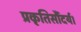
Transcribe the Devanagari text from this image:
प्रकृतिसौंदर्य।